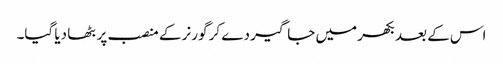
اس کے بعد بکھر میں جاگیر دے کر گورنر کے منصب پر بٹھا دیا گیا۔